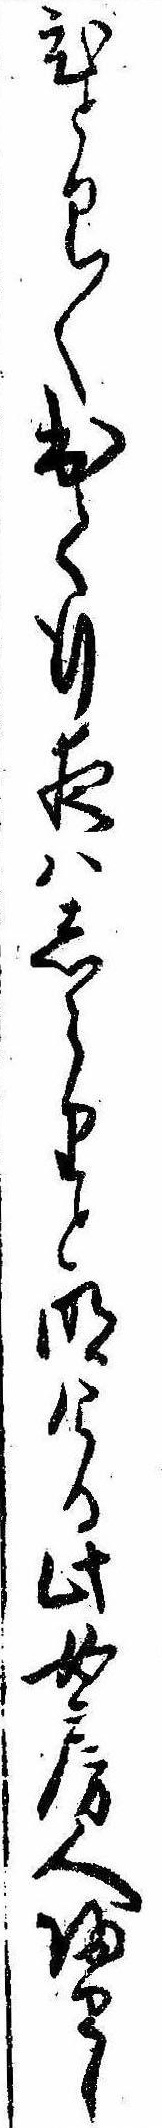
ひとり〱出て行夜はしらりと明ける此女房人帰りし